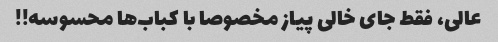
عالی، فقط جای خالی پیاز مخصوصا با کباب‌ها محسوسه!!